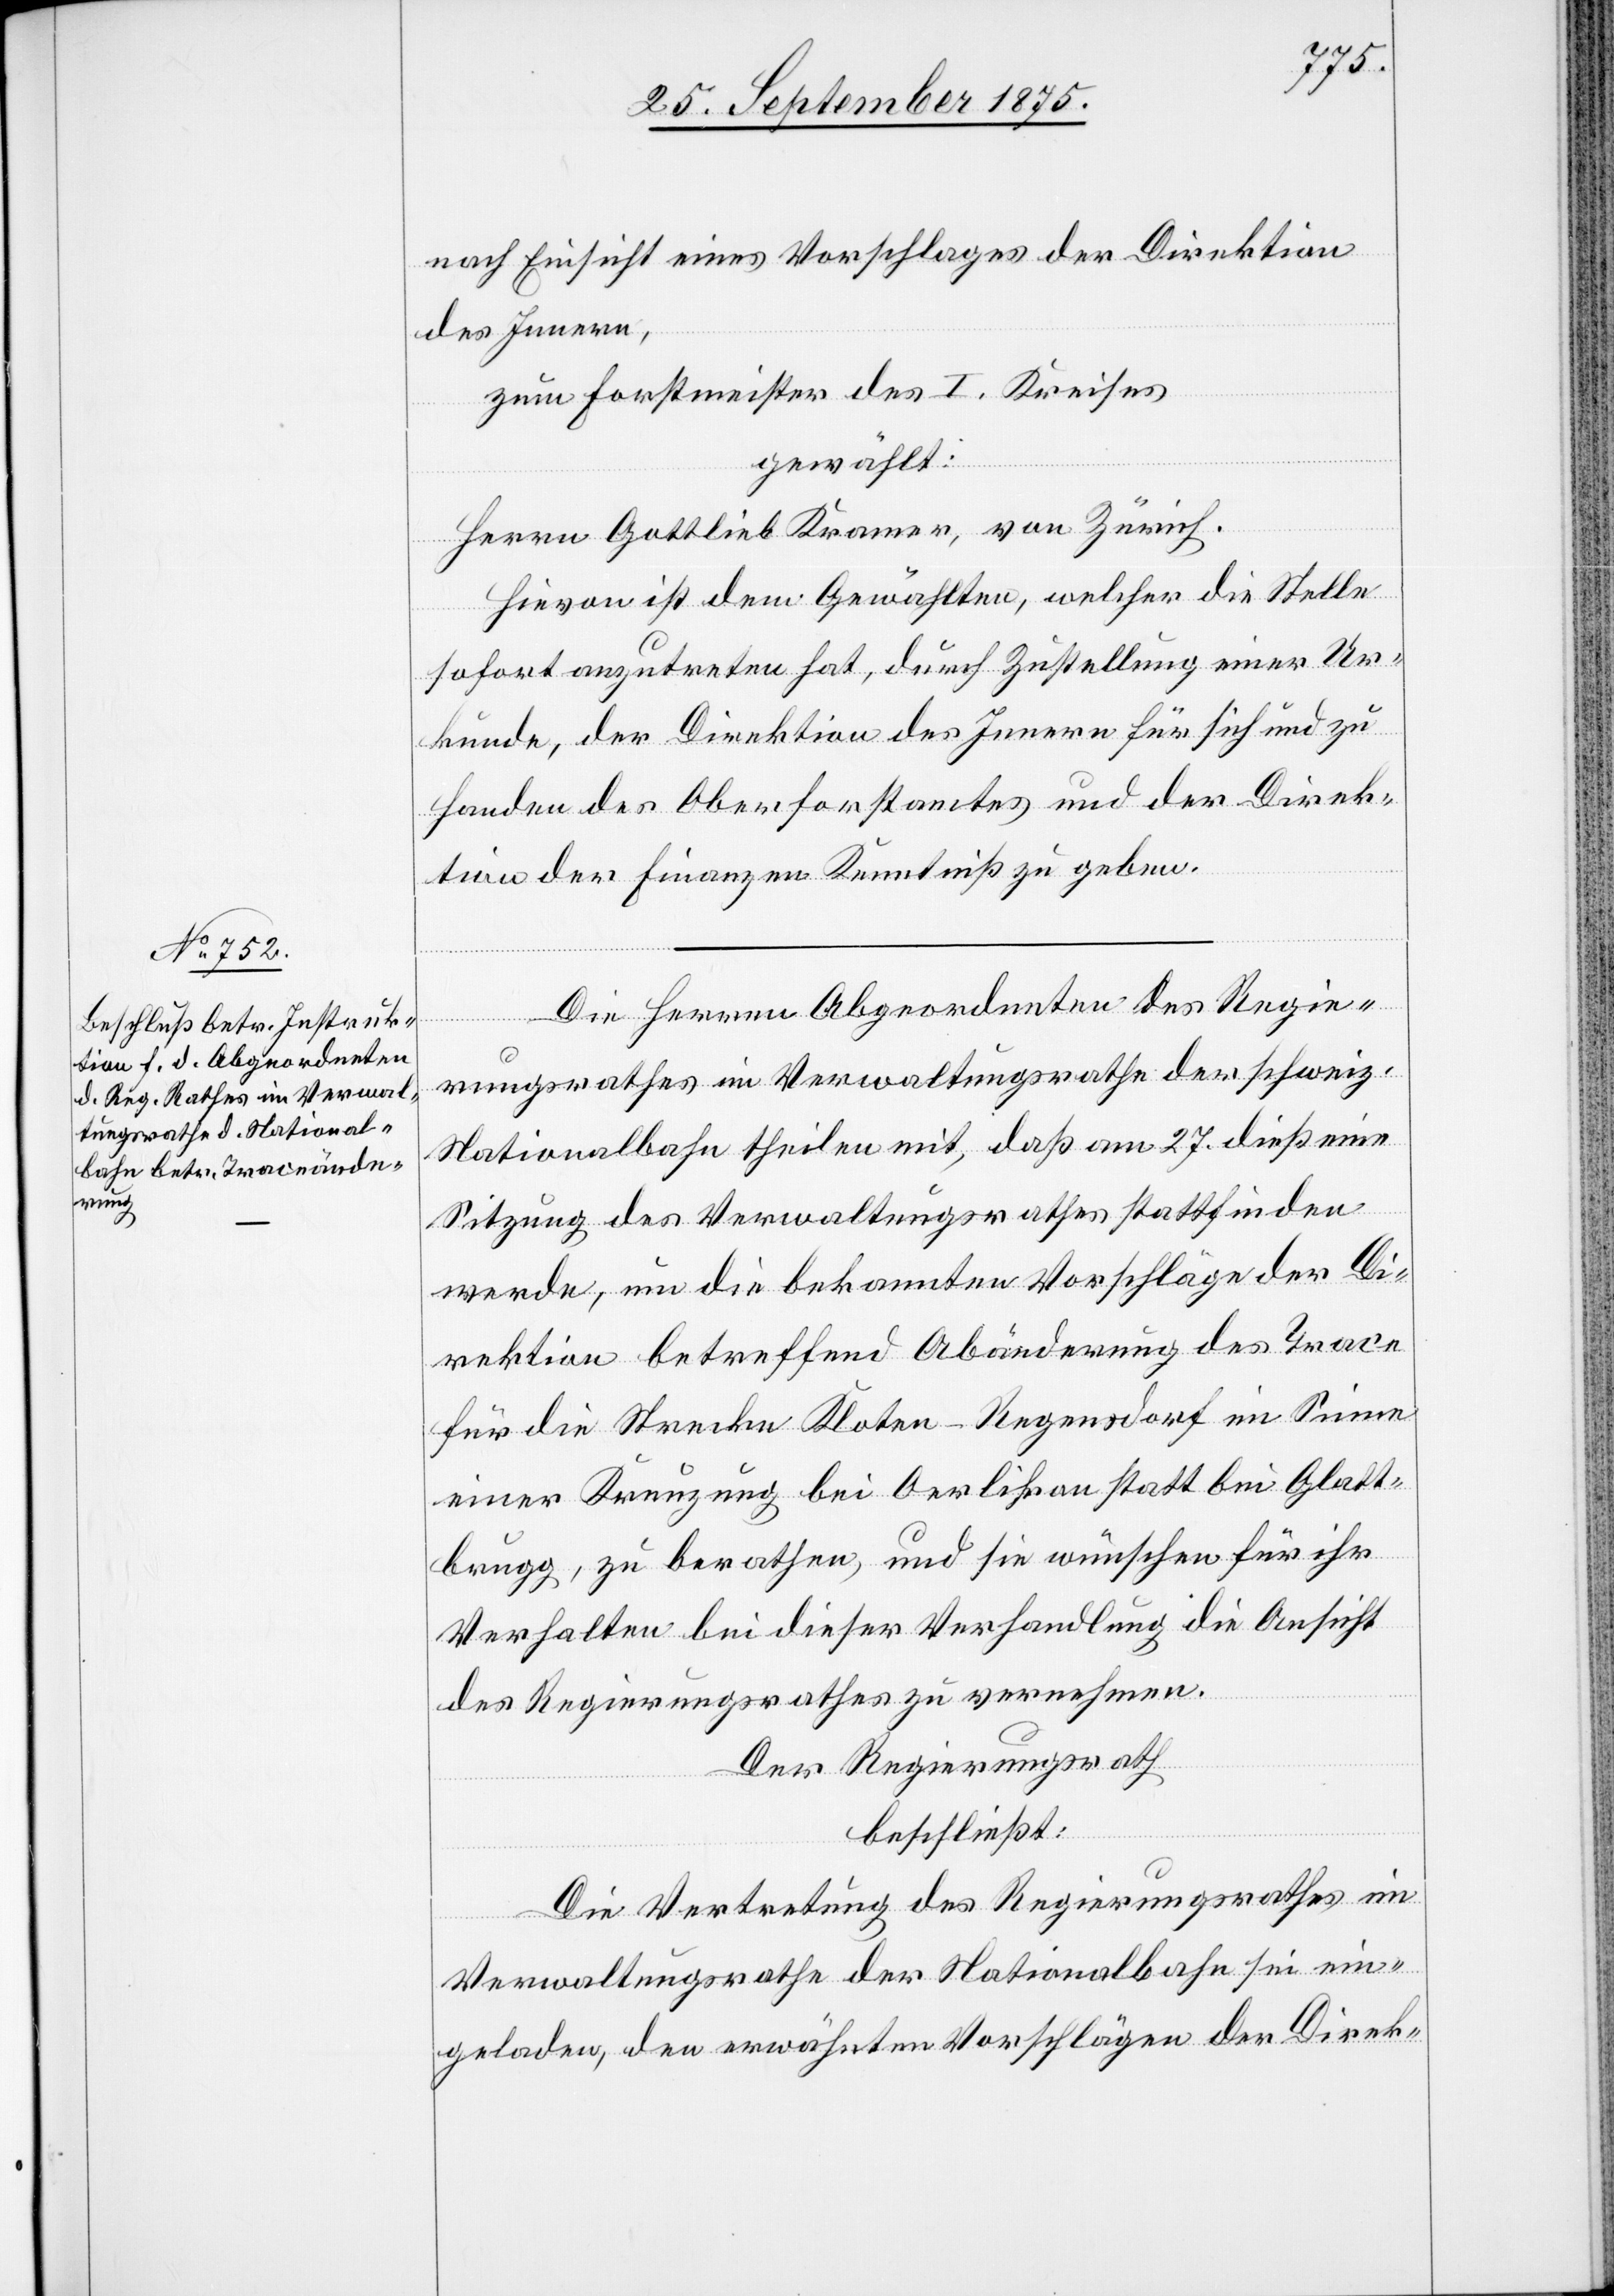
nach Einsicht eines Vorschlages der Direktion
des Innern,
zum Forstmeister des I. Kreises
gewählt:
Herrn Gottlieb Kramer, von Zürich.
Hievon ist dem Gewählten, welcher die Stelle
sofort anzutreten hat, durch Zustellung einer Ur¬
kunde, der Direktion des Innern für sich und zu
Handen des Oberforstamtes und der Direk¬
tion der Finanzen Kenntniß zu geben.
Die Herren Abgeordneten des Regie¬
rungsrathes im Verwaltungsrathe der schweiz.
Nationalbahn theilen mit, daß am 27. dieß eine
Sitzung des Verwaltungsrathes stattfinden
werde, um die bekannten Vorschläge der Di¬
rektion betreffend Abänderung des Trace
für die Strecke Kloten–Regensdorf im Sinne
einer Kreuzung bei Oerlikon statt bei Glatt¬
brugg, zu berathen, und sie wünschen für ihr
Verhalten bei dieser Verhandlung die Ansicht
des Regierungsrathes zu vernehmen.
Der Regierungsrath
beschließt:
Die Vertretung des Regierungsrathes im
Verwaltungsrathe der Nationalbahn sei ein¬
geladen, den erwähnten Vorschlägen der Direk-